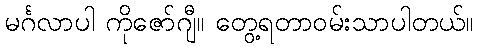
မင်္ဂလာပါ ကိုဇော်ဂျီ။ တွေ့ရတာဝမ်းသာပါတယ်။